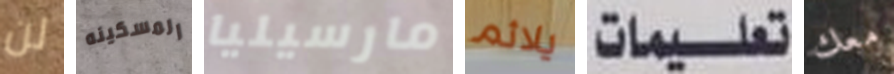
لن المسكينه مارسيليا يلائم تعليمات معك